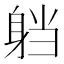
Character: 𮜴